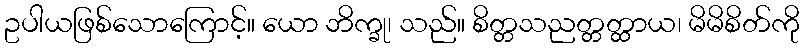
ဥပါယဖြစ်သောကြောင့်။ ယော ဘိက္ခု၊ သည်။ စိတ္တသညတ္တတ္ထာယ၊ မိမိစိတ်ကို